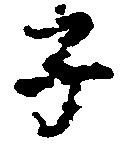
子